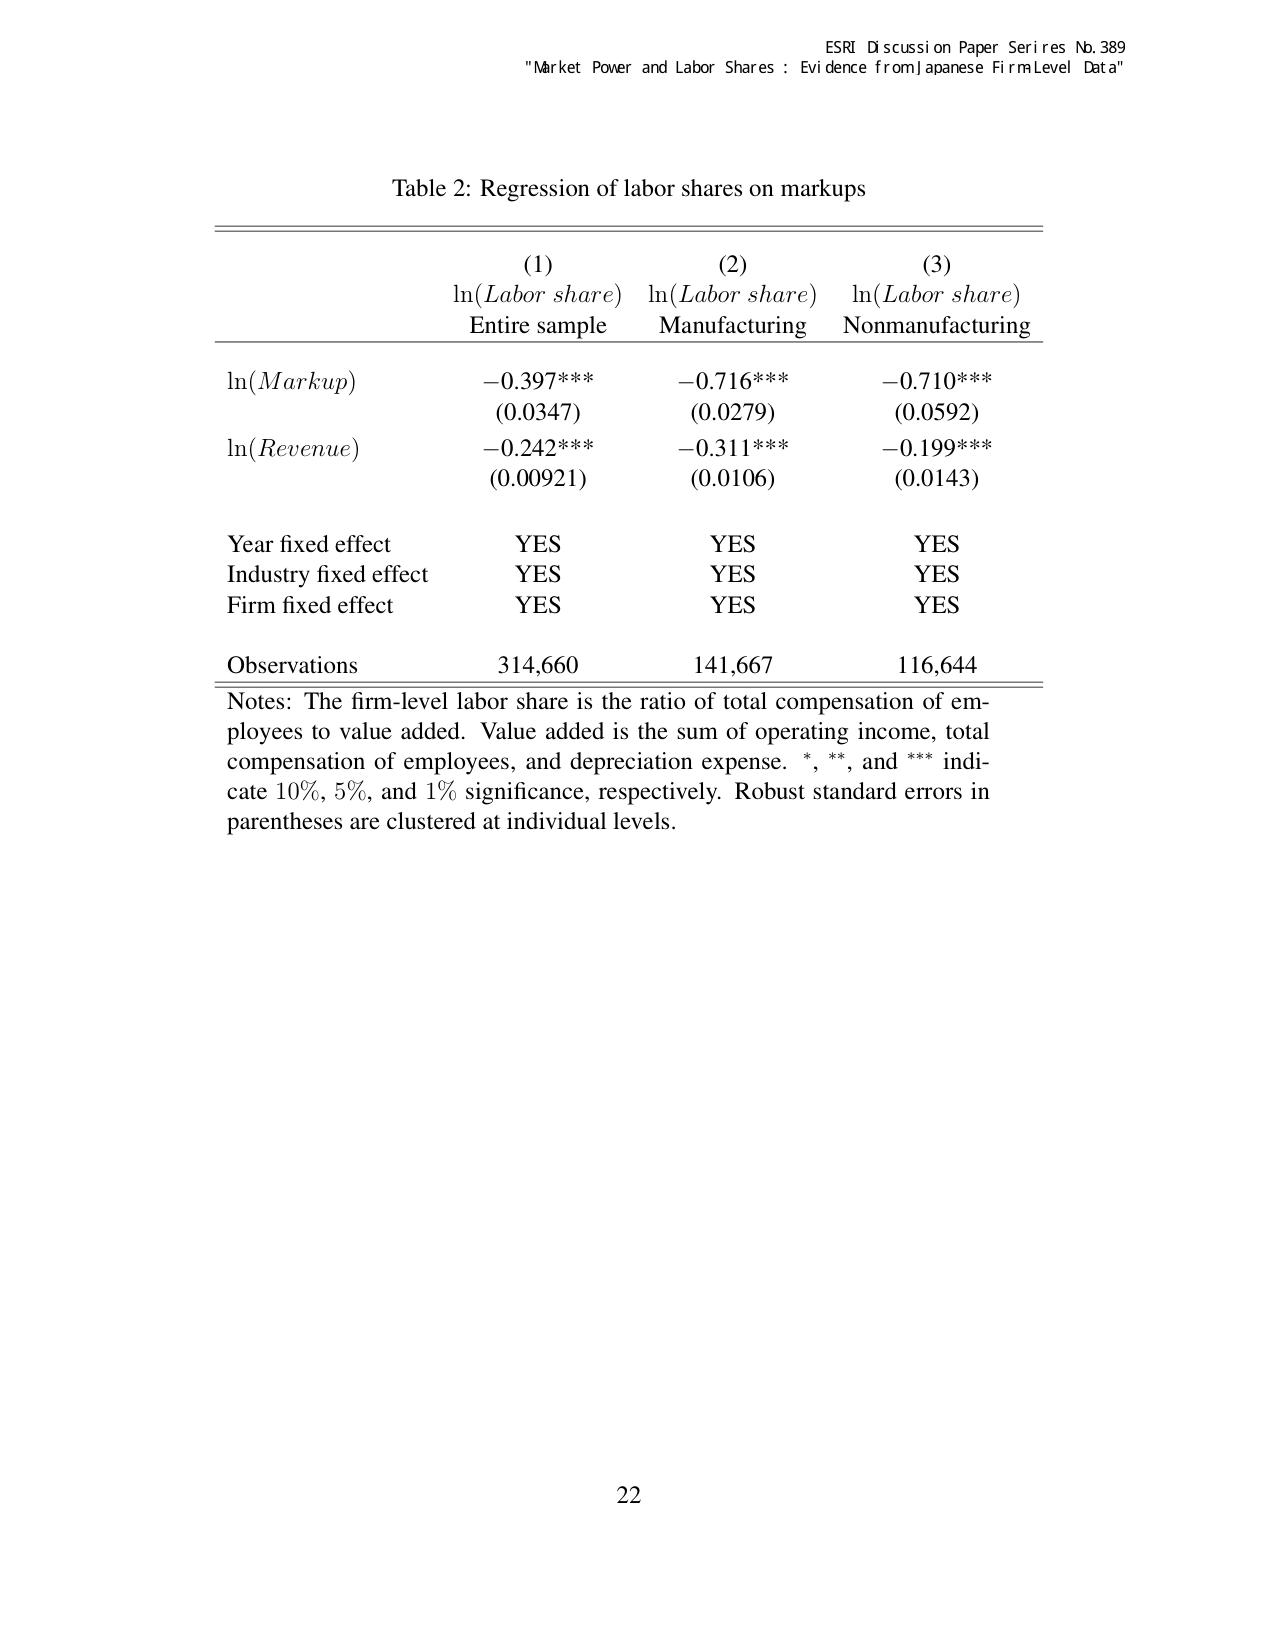
ESRI Discussion Paper Series No. 389
"Market Power and Labor Shares : Evidence from Japanese Firm Level Data"

Table 2: Regression of labor shares on markups

(1)                      (2)                      (3)
ln(Labor share)         ln(Labor share)         ln(Labor share)
Entire sample           Manufacturing           Nonmanufacturing

ln(Markup)              -0.397***               -0.716***             -0.710***
                       (0.0347)                (0.0279)              (0.0592)

ln(Revenue)             -0.242***               -0.311***             -0.199***
                       (0.00921)               (0.0106)              (0.0143)

Year fixed effect       YES                     YES                   YES
Industry fixed effect   YES                     YES                   YES
Firm fixed effect       YES                     YES                   YES

Observations            314,660                 141,667               116,644

Notes: The firm-level labor share is the ratio of total compensation of employees to value added. Value added is the sum of operating income, total compensation of employees, and depreciation expense. *, **, and *** indicate 10%, 5%, and 1% significance, respectively. Robust standard errors in parentheses are clustered at individual levels.

22